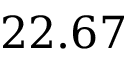
2 2 . 6 7